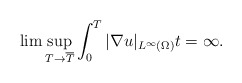
\begin{align*}\lim \sup_{ T \rightarrow \overline{T}} \int_0^T |\nabla u|_{ L^\infty(\Omega)}t=\infty.\end{align*}